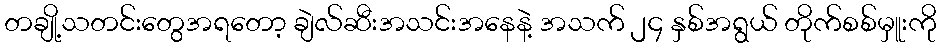
တချို့သတင်းတွေအရတော့ ချဲလ်ဆီးအသင်းအနေနဲ့ အသက် ၂၄ နှစ်အရွယ် တိုက်စစ်မှူးကို